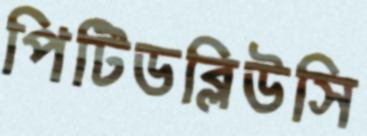
পিটিডব্লিউসি